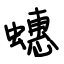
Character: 蟪